Civil Veterinary Dept. North-West Frontier Province 1923-32 - 1923-1932
Year: 1923
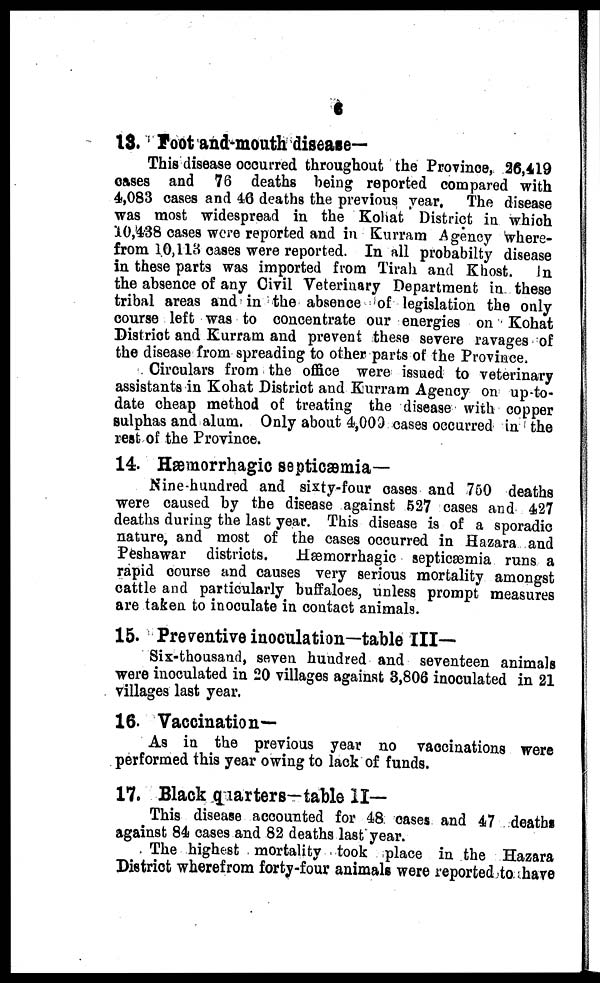
6
13. Foot and-mouth disease—
This disease occurred throughout the Province, 26,419
cases and 76 deaths being reported compared with
4,083 cases and 46 deaths the previous year. The disease
was most widespread in the Kohat District in which
10,438 cases were reported and in Kurram Agency where-
from 10,113 cases were reported. In all probabilty disease
in these parts was imported from Tirah and Khost.
In
the absence of any Civil Veterinary Department in these
tribal areas and in the absence of legislation the only
course left was to concentrate our energies on Kohat
District and Kurram and prevent these severe ravages of
the disease from spreading to other parts of the Province.
Circulars from the office were issued to veterinary
assistants in Kohat District and Kurram Agency on up-to-
date cheap method of treating the disease with copper
sulphas and alum. Only about 4,000 cases occurred in the
rest of the Province.
14. Hæmorrhagic septicæmia—
Nine-hundred and sixty-four cases and 750 deaths
were caused by the disease against 527 cases and 427
deaths during the last year. This disease is of a sporadic
nature, and most of the cases occurred in Hazara and
Peshawar districts.
Hæmorrhagic septicæmia runs a
rapid course and causes very serious mortality amongst
cattle and particularly buffaloes, unless prompt measures
are taken to inoculate in contact animals.
15. Preventive inoculation—table III—
Six-thousand, seven hundred and seventeen animals
were inoculated in 20 villages against 3,806 inoculated in 21
villages last year.
16. Vaccination—
As in the previous year no vaccinations were
performed this year owing to lack of funds.
17. Black quarters—table II—
This disease accounted for 48 cases and 47 deaths
against 84 cases and 82 deaths last year.
The highest mortality took place in the Hazara
District wherefrom forty-four animals were reported to have